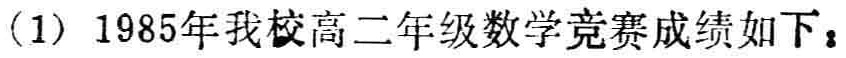
（1）1985年我校高二年级数学竞赛成绩如下：